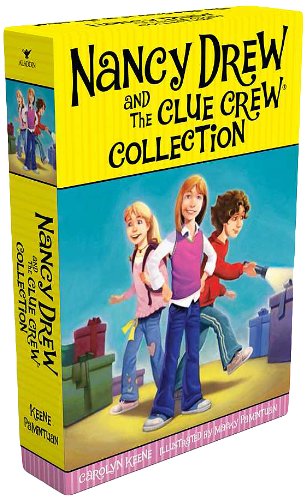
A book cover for The Nancy Drew and the Clue Crew Collection: Sleepover Sleuths; Scream for Ice Cream; Pony Problems; The Cinderella Ballet Mystery; Case of the Sneaky Snowman; Carolyn Keene; Children's Books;